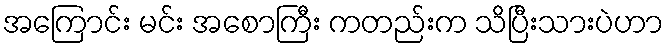
အကြောင်း မင်း အစောကြီး ကတည်းက သိပြီးသားပဲဟာ